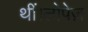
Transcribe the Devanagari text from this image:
थीं।लोपेज़